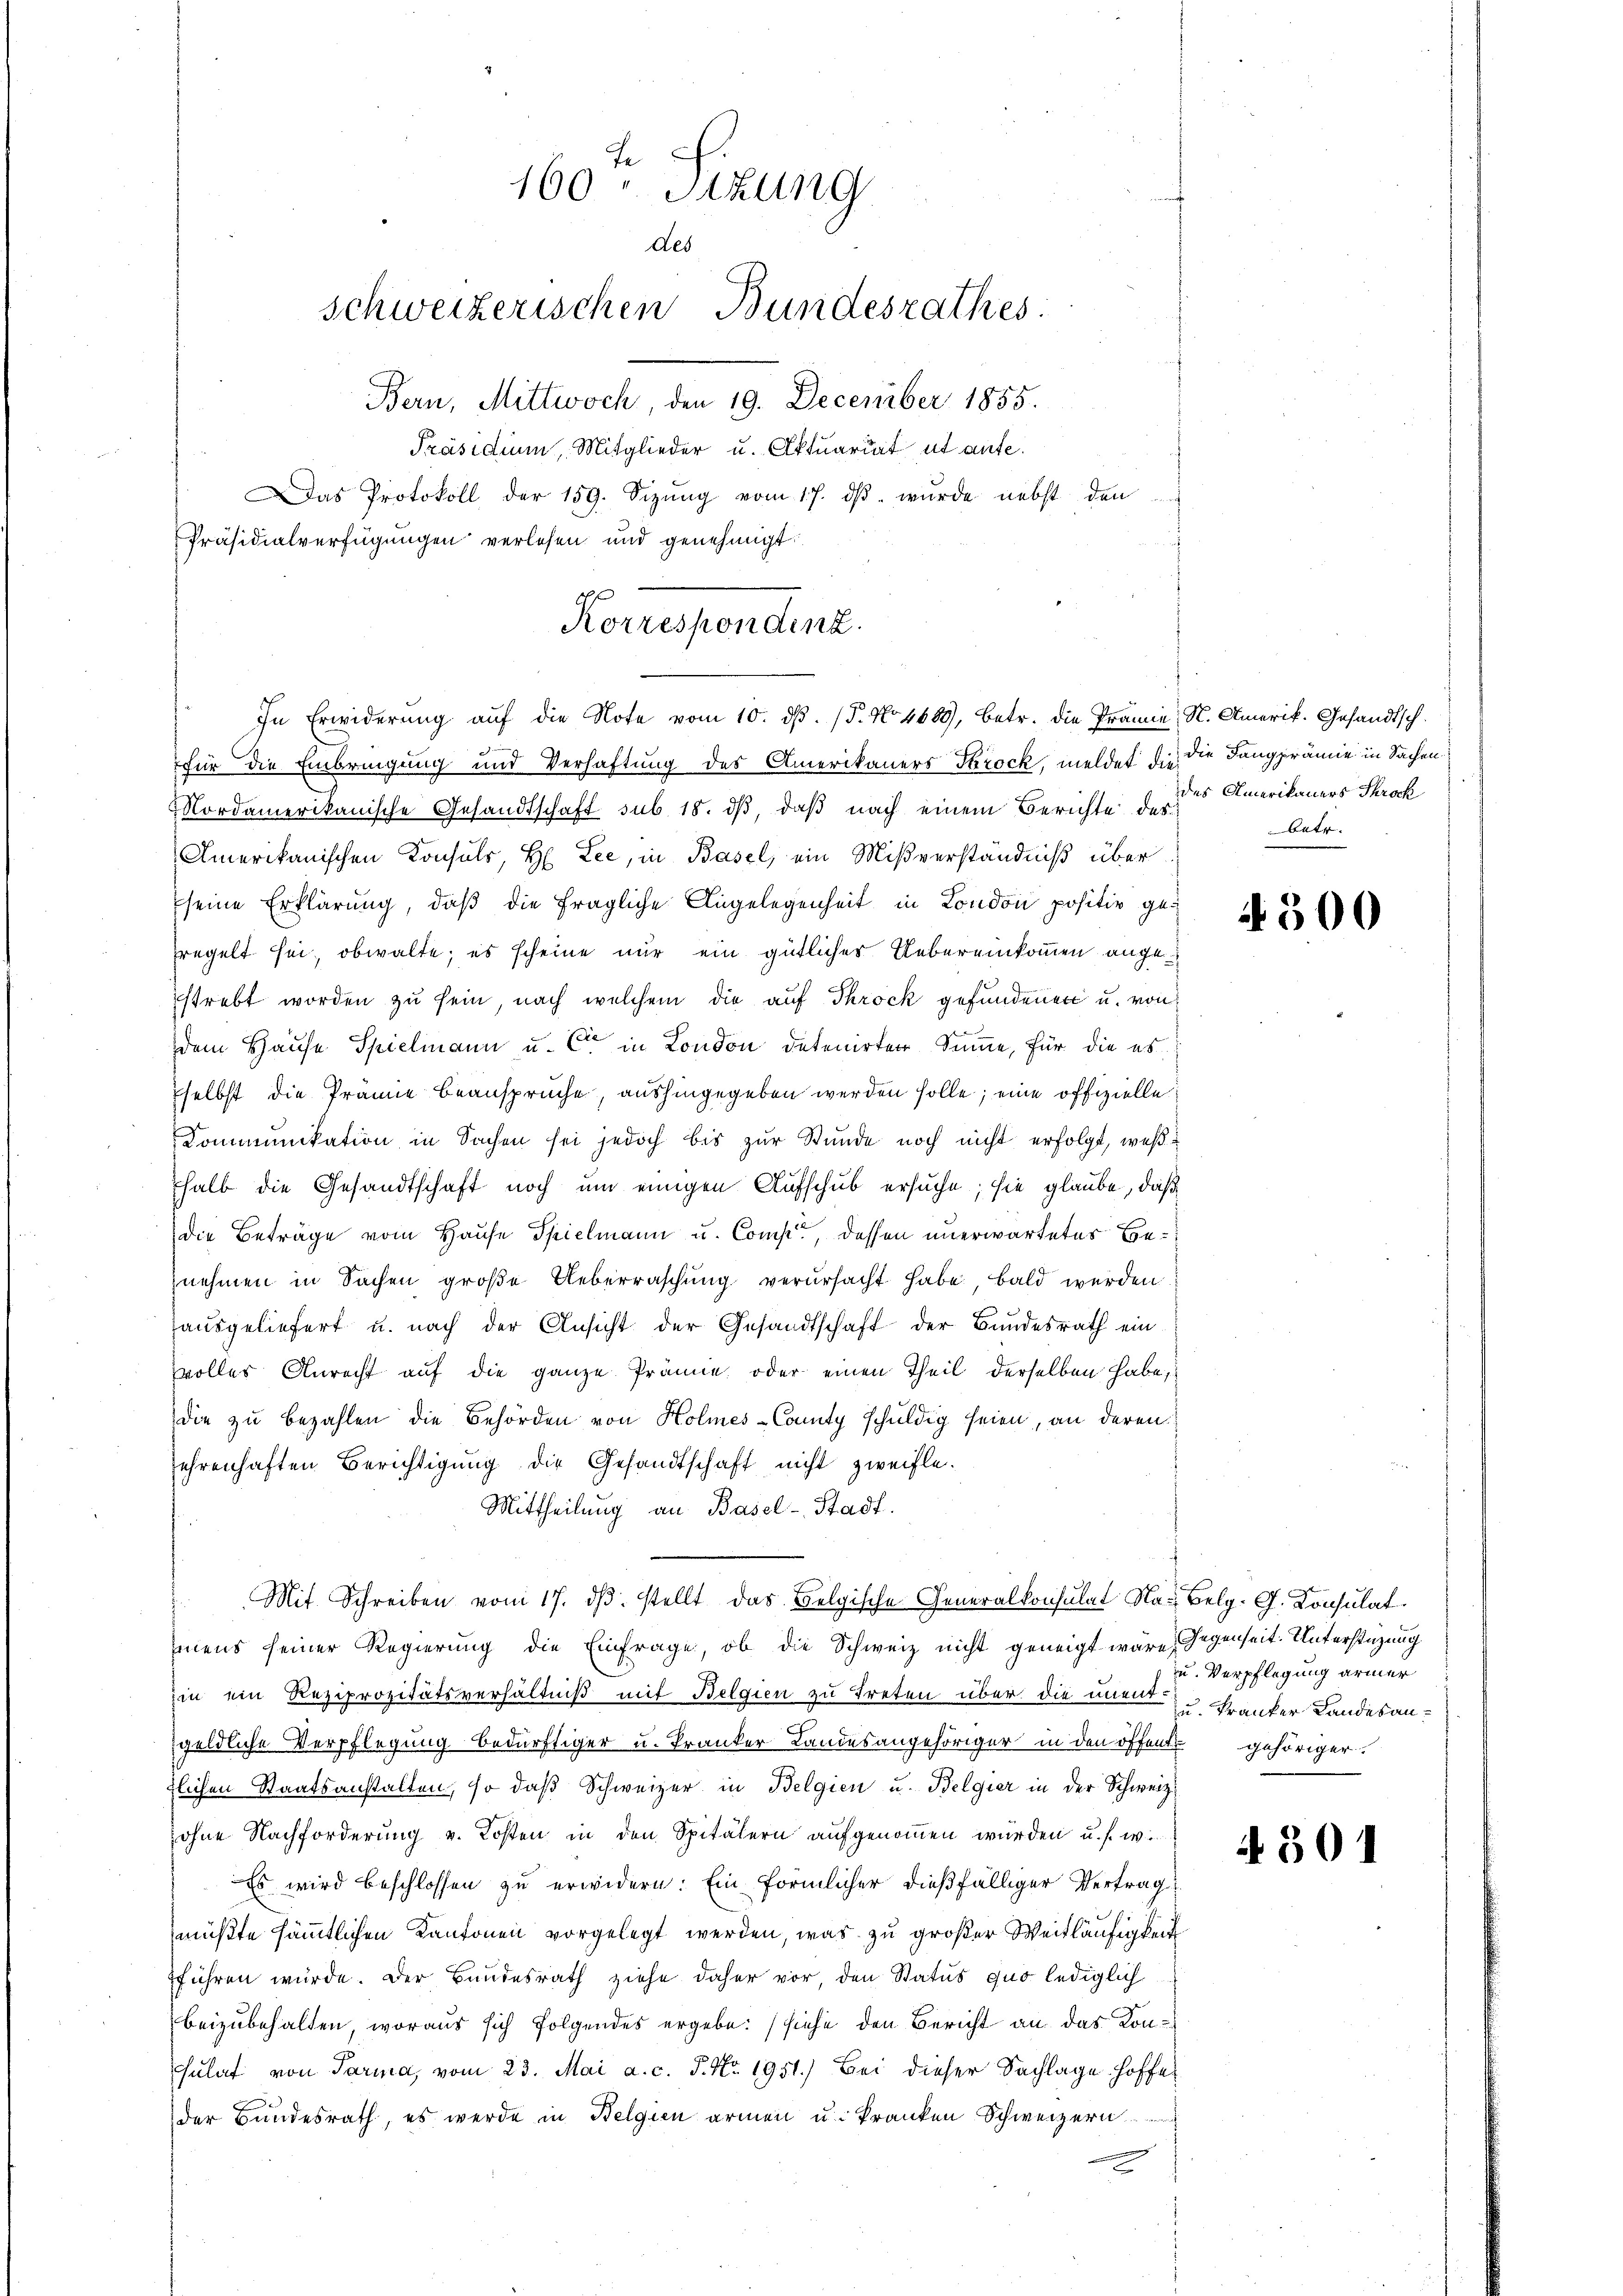
160. Sitzung
des
schweizerischen Bundesrathes.
Bern, Mittwoch, den 19. December 1855.
Präsidium, Mitglieder u. Aktuariat ut aufe.
as Protokoll der 159. Sizŭng vom 17. dβ. wurde nebst den
Präsidialverfügungen verlesen und genehmigt.

Korrespondinz.
In Erwiderung aŭf die Note vom 10. dβ. (T. No 4689, betr. die Prämie, N. Amerik. Gesandtsch.

für die Einbringung und Verhaftung des Amerikaners Strock, meldet die die Dangprämie in Sachen
Mordamerikanische Gesandtschaft sub. 18. dβ, daß nach einem Berichte der des Amerikaners Throck
Amerikanischen Konsuls, H. Lee, in Basel, ein Mißverständniß über
seine Erklärung, daß die fragliche Angelegenheit in London positiv geregelt sei, obwalte; es scheine nur ein gütliches Uebereinkommen angestrebt worden zu sein, nach welchem die auf Throck gefundenen u. von
dem Hause Spielmann u. Cie in London detenirten Summe, für die es
selbst die Prämie beansprüche, aushingegeben werden solle; eine offizielle
Kommunikation in Sachen sei jedoch bis zur Stunde noch nicht erfolgt, weßhalb die Gesandtschaft noch um einigen Aufschub ersuche; sie glaube, daß
die Beträge vom Hause Spielmann u. Comp., dessen unerwartetes Beznehmen in Sachen große Ueberraschŭng verŭrsacht habe, bald werden.
ausgeliefert u. nach der Ansicht der Gesandtschaft der Bundesrath ein
svoller Anrecht auf die ganze Prämie, oder einen Theil derselben habe,
die zu bezahlen die Behörden von Holmes-County schuldig seien, an deren
ehrenhaften Berichtigŭng die Gesandtschaft nicht zweifle.
Mittheilung an Basel-Stadt.
Mit Schreiben vom 17. dβ. stellt das Belgische Generalkonsulat Na- Belg. G. Konsulat
mens seiner Regierung die Einfrage, ob die Schweiz nicht geneigt wäre, Gegenseit Unterstüzung
zin ein Reziprozitätsverhältniß mit Belgien zu treten über die unent Franker Landesan
geldliche Verpflegung bedürftiger u. Tranker Landesangehöriger in den öffend gehöriger.
tlichen Staatsanstalten, so daß Schweizer in Belgien u. Belgier in der Schweiz.
ohne Nachforderung v. Kosten in den Spitälern aufgenommen wurden u. s. w.
Es wird beschlossen zu erwidern: Ein förmlicher dießfälliger Vertrag
müßte sämmtlichen Kantonen vorgelegt werden, was zu großer Weitläufigkeit
führen würde. Der Bundesrath ziehe daher vor, den Status quo lediglich
beizubehalten, woraus sich folgendes ergebe: (siehe den Bericht an das Konculat von Parina, vom 23. Mai a. c. 5. No. 1951.) Bei dieser Sachlage hoffe
der Bundesrath, es werde in Belgien armen u. kranken Schweizern
2

betr.

4500

zu. Verpflegung armer

4501